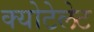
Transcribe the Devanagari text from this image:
क्योटेलेट